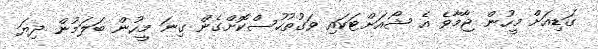
ގަޑިއަށް މީހުން ޖާމާވެ އެ ޝޯއަށްޓަކައި ވަގުތުހުސްކޮށްގެން ގިނަ މީހުން ބަލަމުން ދިޔަ